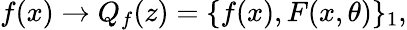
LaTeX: f(x)\to Q_{f}(z)=\{ f(x),F(x,\theta)\} _{1},